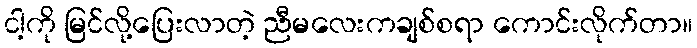
ငါ့ကို မြင်လို့ပြေးလာတဲ့ ညီမလေးကချစ်စရာ ကောင်းလိုက်တာ။